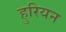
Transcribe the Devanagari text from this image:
हुरियन